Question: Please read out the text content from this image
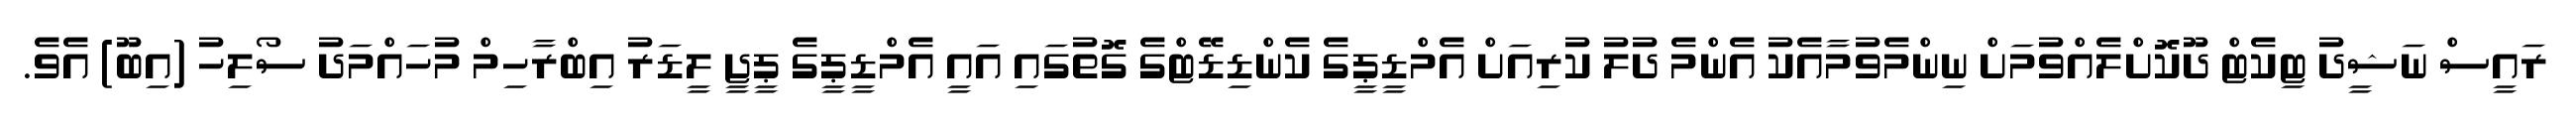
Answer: ރައީސް ނަޝީދު ޓިކެޓް ދޫކޮށްލެއްވުމަށް ނިންމެވުމާއެކު އެންމެ ދުލު ކުރިއަށް އެމްޑީޕީގެ ކެންޑިޑޭޓްގެ ގޮތުގައި އައީ އެމްޑީޕީގެ ޕީޖީ ލީޑަރު އިބްރާހިމް މުހައްމަދު ސޯލިހު (އިބޫ) އެވެ.